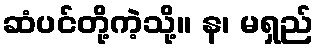
ဆံပင်တို့ကဲ့သို့။ န၊ မရှည်